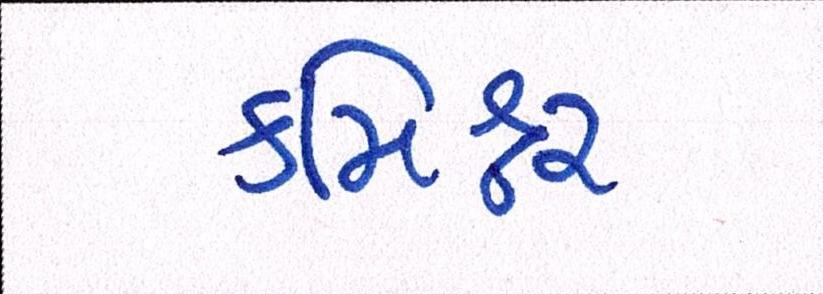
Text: કમિશ્નર